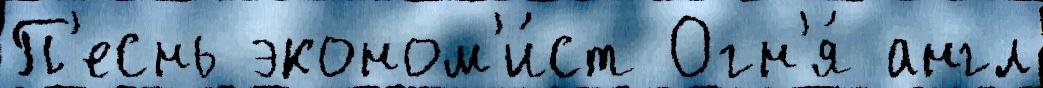
П'еснь эконом'и́ст Огн'я́ англ